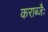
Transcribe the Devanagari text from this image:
कराब्जैः